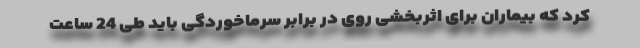
کرد که بیماران برای اثربخشی روی در برابر سرماخوردگی باید طی 24 ساعت